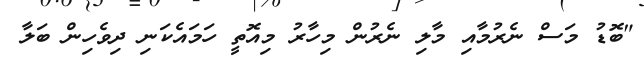
"ބޮޑު މަސް ނެރުމާއި މާލި ނެރުން މިހާރު މިއޮތީ ހަމައެކަނި ދިވެހިން ބަލާ